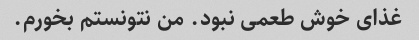
غذای خوش طعمی نبود. من نتونستم بخورم.